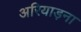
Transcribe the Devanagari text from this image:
अरियाड़ना